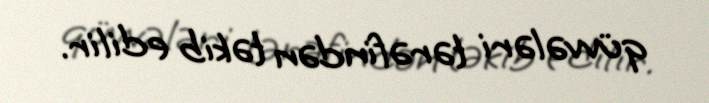
qüvvələri tərəfindən təkib edilir.